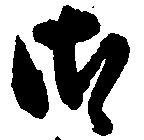
御